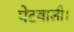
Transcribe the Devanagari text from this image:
पेटवाली।